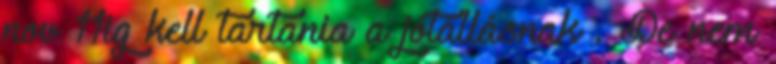
nov 11ig kell tartania a jótállásnak . De nem